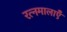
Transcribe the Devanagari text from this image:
रत्नमालाएँ